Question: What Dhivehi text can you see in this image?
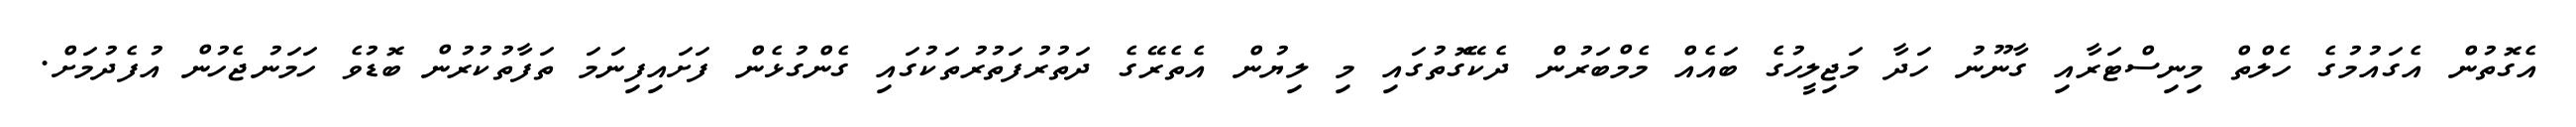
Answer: އެގޮތުން އެގައުމުގެ ހެލްތް މިނިސްޓަރާއި ގާނޫނު ހަދާ މަޖިލީހުގެ ބައެއް މެމްބަރުން ދެކޭގޮތުގައި މި ލިޔުން އެތެރޭގެ ދަތުރުފަތުރުތަކުގައި ގެންގުޅެން ފަށައިފިނަމަ ތަފާތުކުރުން ބޮޑުވެ ހަމަނުޖެހުން އުފެދުމަށް.